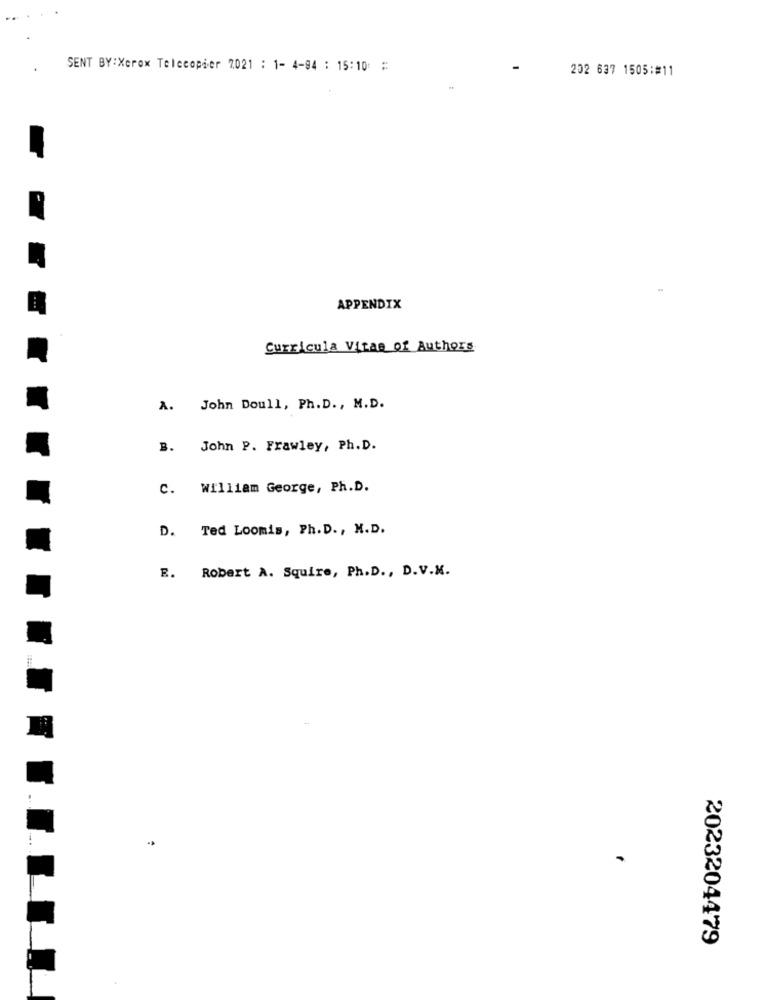
SENT BY:Xerox Telecopier 7021 : 1- 4-94 : 15:10 #
202 637 1505:#11
APPENDIX
Curricula Vitae of Authors
A. John Doull, Ph. D ., M.D.
B.
John P. Frawley, Ph. D.
c.
William George, Ph.D.
D. Ted Loomis, Ph. D. , M.D.
E. Robert A. Squire, Ph.D ., D.V.K.
2023204479